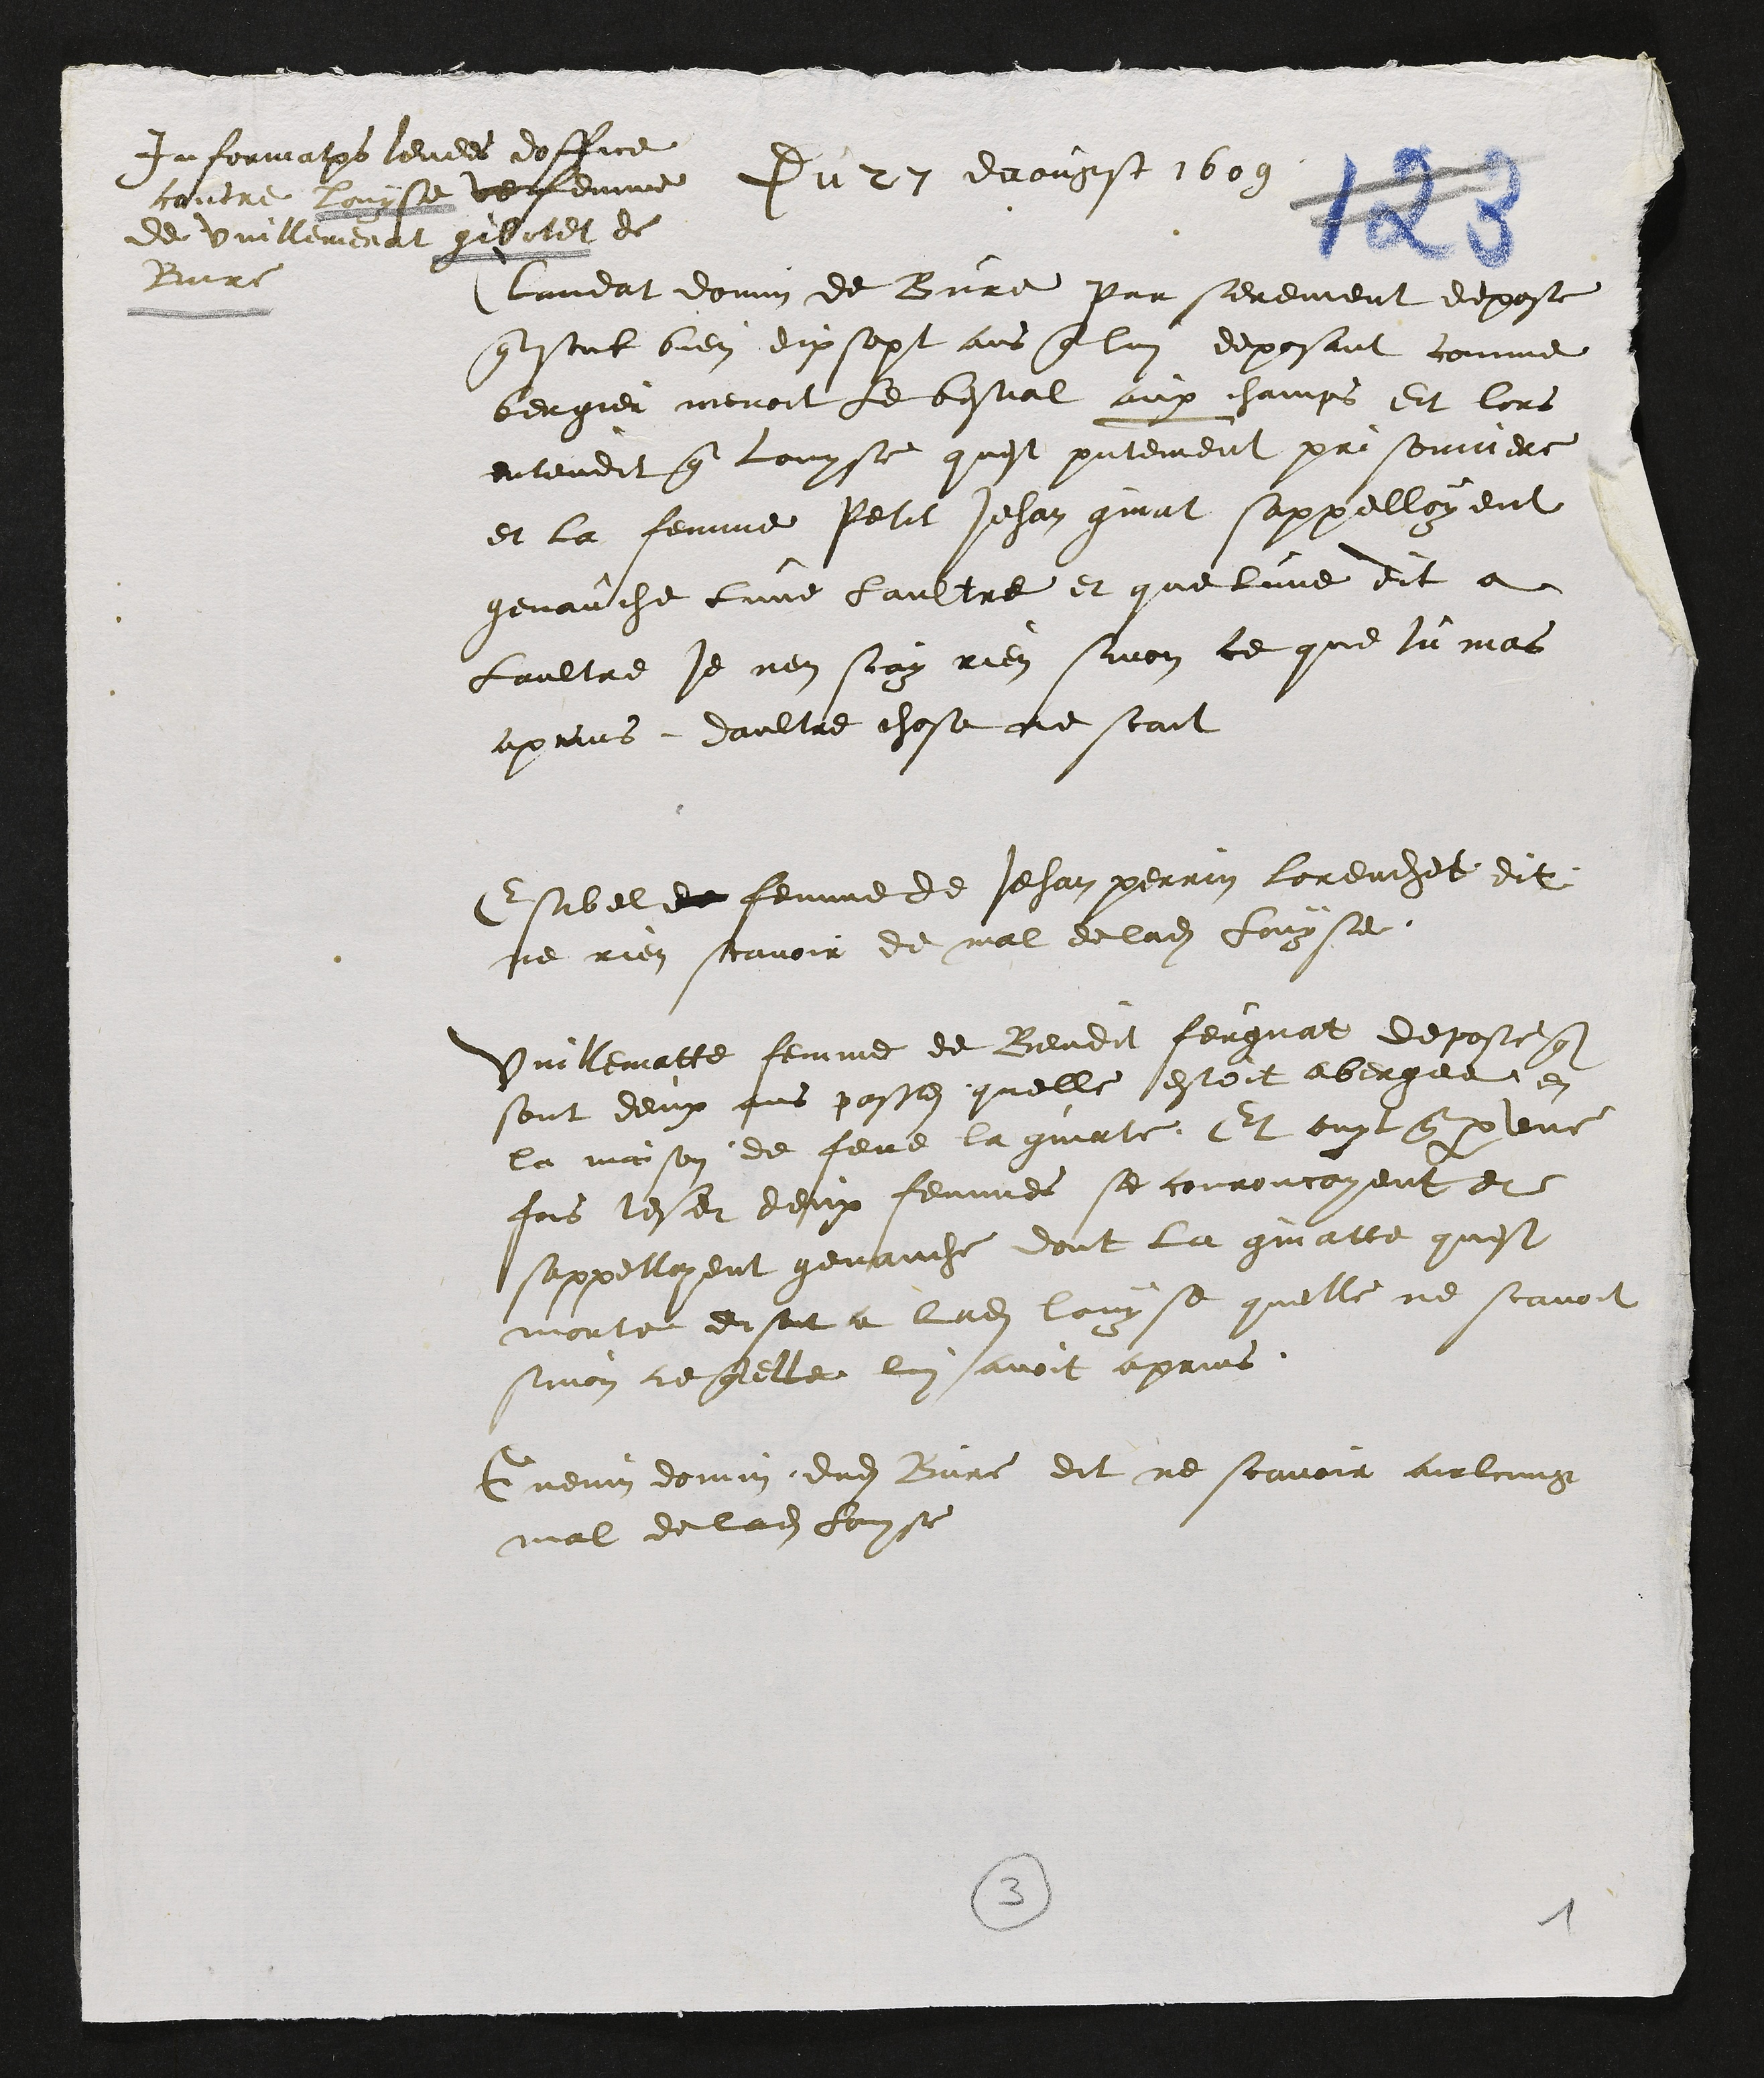
Informations levees doffice
contre Louÿse vefemme
de Vuillemenat gibolet de
Bure
Du 27 daougst 1609
lundat dom de Bure par serement depose
que sont bien dix sopt ans que lui deposant comme
bergier mevoit le bestial aux champs Et lors
entendit que couyse quest pitement prisonniere
et la femme Petit Jehan gint sappelloyent
genauche lune laultre et que lune dit a
Laultre je nen scay rien sinon ce que lu mas
aprins daultre chose ne scait
Esibel da femme de Jehan perrin forencet dit
ne rien scavoir de mal de ladite Louyse
Vuillematte femme de Bendit feugnat depose
sont deux ans passes quelle estoit abergee en
la maison de fene la guatte Et ouyt que par une
fois lesseet deux femmes se couroncoyent et
sappelloyent genauche dont la guatte quest
morte disoit a ladite louyse quelle ne scavoit
inon ce que elle lui avoit aprins
Guenin donnin dudit Bure dit ne scavoir aulcung
mal de ladite Lose